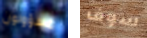
مسؤولون سوف